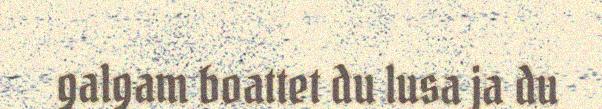
galgam boattet du lusa ja du